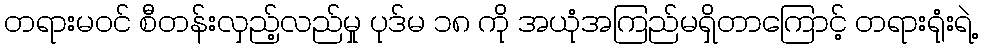
တရားမဝင် စီတန်းလှည့်လည်မှု ပုဒ်မ ၁၈ ကို အယုံအကြည်မရှိတာကြောင့် တရားရုံးရဲ့